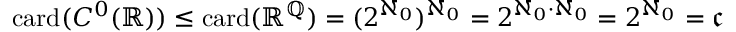
\mathrm { c a r d } ( C ^ { 0 } ( \mathbb { R } ) ) \leq \mathrm { c a r d } ( \mathbb { R } ^ { \mathbb { Q } } ) = ( 2 ^ { \aleph _ { 0 } } ) ^ { \aleph _ { 0 } } = 2 ^ { \aleph _ { 0 } \cdot \aleph _ { 0 } } = 2 ^ { \aleph _ { 0 } } = { \mathfrak { c } }